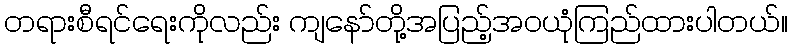
တရားစီရင်ရေးကိုလည်း ကျနော်တို့အပြည့်အဝယုံကြည်ထားပါတယ်။